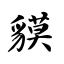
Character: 貘